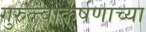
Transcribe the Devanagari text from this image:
गुरुत्त्वाकर्षणाच्या